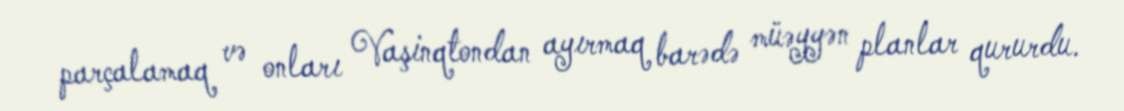
parçalamaq və onları Vaşinqtondan ayırmaq barədə müəyyən planlar qururdu.